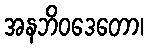
အနဘိဝဒေတော၊